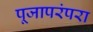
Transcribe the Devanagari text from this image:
पूजापरंपरा